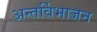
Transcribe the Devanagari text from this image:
अन्तर्विभाजन